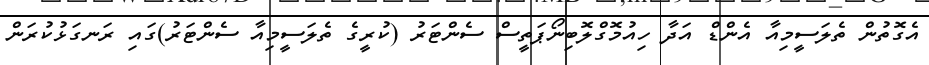
އެގޮތުން ތެލަސީމިއާ އެންޑް އަދާ ހިއުމޮގްލޮބިނޯޕަތީސް ސެންޓަރު (ކުރީގެ ތެލަސީމިއާ ސެންޓަރު)ގައި ރަނގަޅުކުރަން